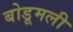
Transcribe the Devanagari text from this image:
बोडूमली